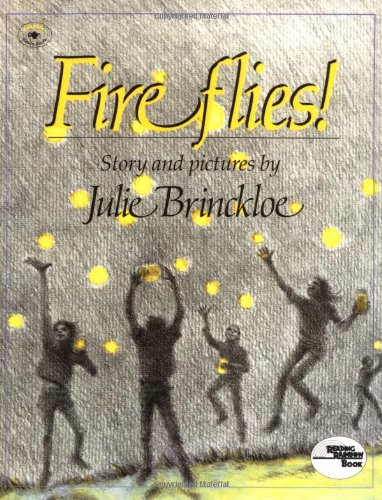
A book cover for Fireflies; Julie Brinckloe; Children's Books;